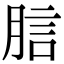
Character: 𧦗